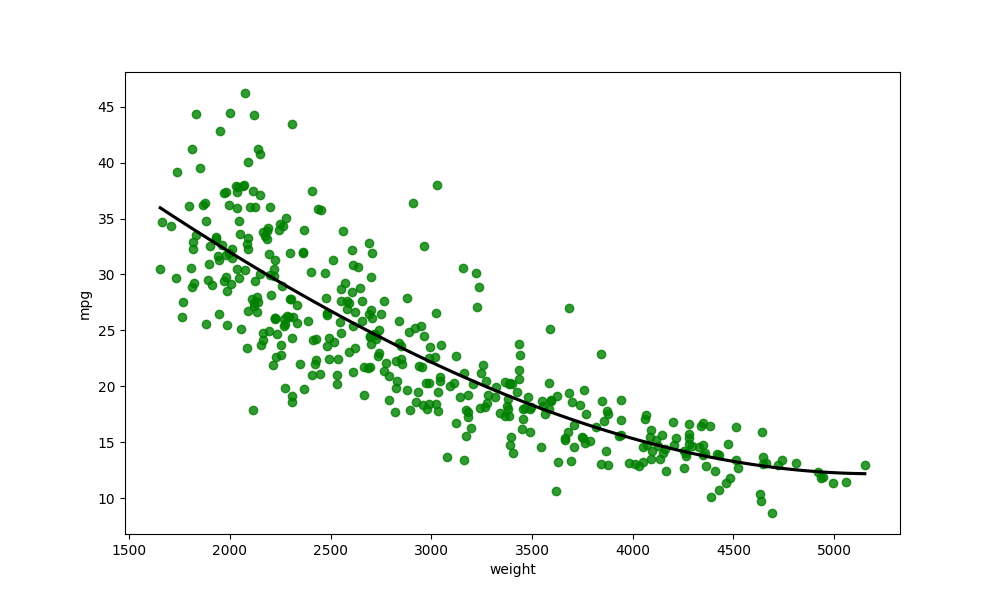
python, seaborn, regplot, order=3, ci=None, scatter_color=green, line_color=black